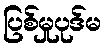
ပြစ်မှုပုဒ်မ